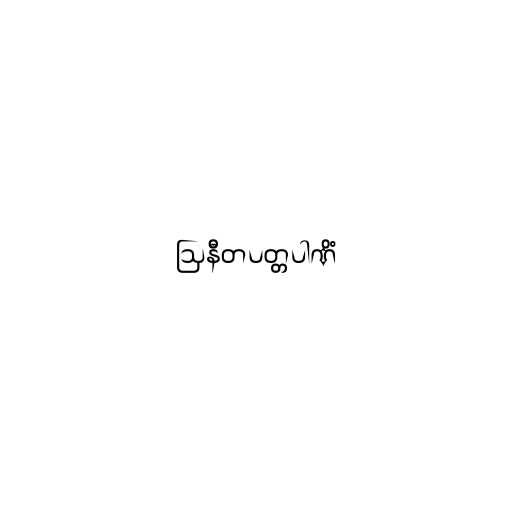
ဩနီတပတ္တပါဏိံ